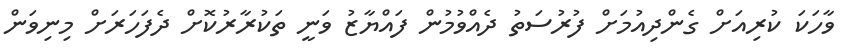
ވާހަކަ ކުރިއަށް ގެންދިއުމަށް ފުރުސަތު ދެއްވުމުން ފައްޔާޒު ވަނީ ތަކުރާރުކޮށް ދެފަހަރަށް މިނިވަން